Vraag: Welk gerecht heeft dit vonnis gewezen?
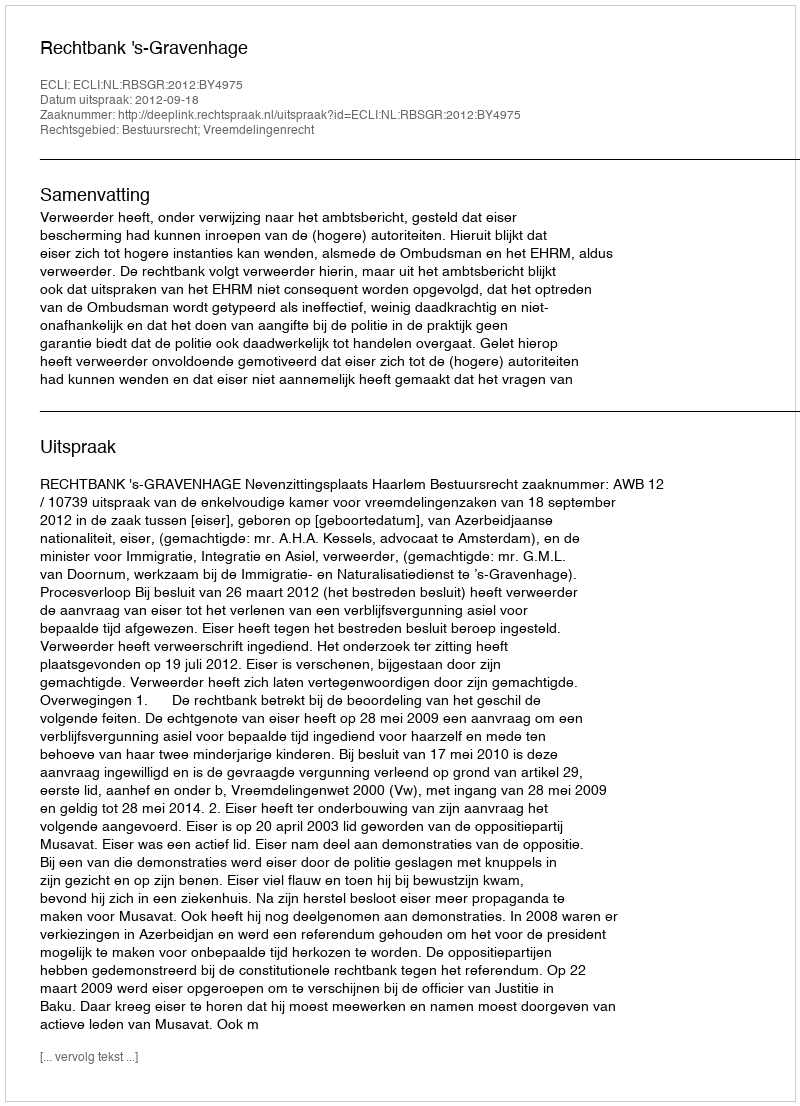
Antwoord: Rechtbank 's-Gravenhage